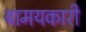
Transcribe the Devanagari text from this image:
बामयकारी